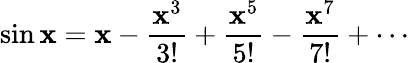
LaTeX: \sin\mathbf{x}=\mathbf{x}-{\frac{{\mathbf{x}^{3}}}{{3!}}}+{\frac{{\mathbf{x}^{5}}}{{5!}}}-{\frac{{\mathbf{x}^{7}}}{{7!}}}+\cdots